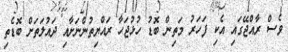
ވެސް ރާއްޖޭގައި އެކި ފަހަރު މަތިން ބޮޑު ހުޅުޖަހާ ރައްޔިތުންނަށާއި ދައުލަތަށް ބޮޑެތި